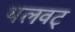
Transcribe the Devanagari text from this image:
थलवट्